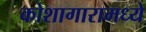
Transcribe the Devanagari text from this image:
कोशागारामध्ये